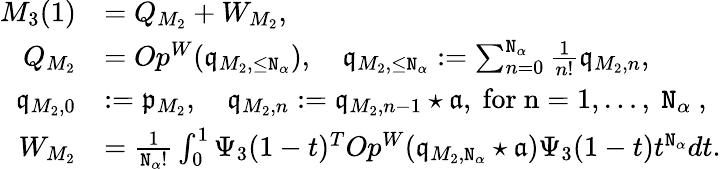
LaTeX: \begin{array}{rl}{M_{3}(1)}&{=Q_{M_{2}}+W_{M_{2}},}\\ {Q_{M_{2}}}&{=Op^{W}(\mathfrak{q}_{M_{2},\le\mathtt{N}_{\alpha}}),\quad\mathfrak{q}_{M_{2},\le\mathtt{N}_{\alpha}}:=\sum_{n=0}^{\mathtt{N}_{\alpha}}\frac{1}{n!}\mathfrak{q}_{M_{2},n},}\\ {\mathfrak{q}_{M_{2},0}}&{:=\mathfrak{p}_{M_{2}},\quad\mathfrak{q}_{M_{2},n}:=\mathfrak{q}_{M_{2},n-1}\star\mathfrak{a},\mathrm{~for~n=1,\ldots,~\mathtt{N}_\alpha~},}\\ {W_{M_{2}}}&{=\frac{1}{\mathtt{N}_{\alpha}!}\int_{0}^{1}\Psi_{3}(1-t)^{T}Op^{W}(\mathfrak{q}_{M_{2},\mathtt{N}_{\alpha}}\star\mathfrak{a})\Psi_{3}(1-t)t^{\mathtt{N}_{\alpha}}dt.}\end{array}